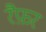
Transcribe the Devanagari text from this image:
रैफ़र